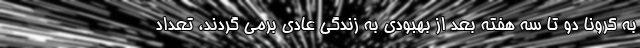
به کرونا دو تا سه هفته بعد از بهبودی به زندگی عادی برمی گردند، تعداد